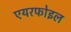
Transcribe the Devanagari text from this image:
एयरफोइल